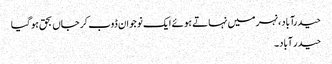
حیدرآباد، نہر میں نہاتے ہو ئے ایک نوجوان ڈوب کر جاں بحق ہو گیا
حیدر آباد۔